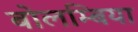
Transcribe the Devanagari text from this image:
बोलम्बिया